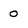
Character: 0